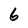
Character: 6